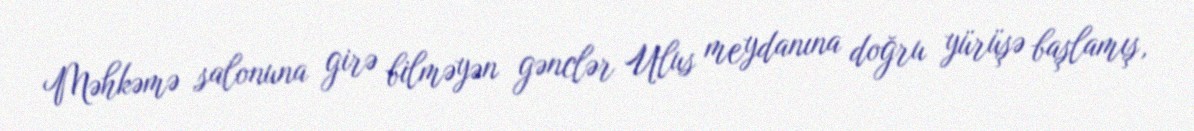
Məhkəmə salonuna girə bilməyən gənclər Ulus meydanına doğru yürüşə başlamış,